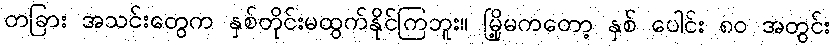
တခြား အသင်းတွေက နှစ်တိုင်းမထွက်နိုင်ကြဘူး။ မြို့မကတော့ နှစ် ပေါင်း ၈၀ အတွင်း